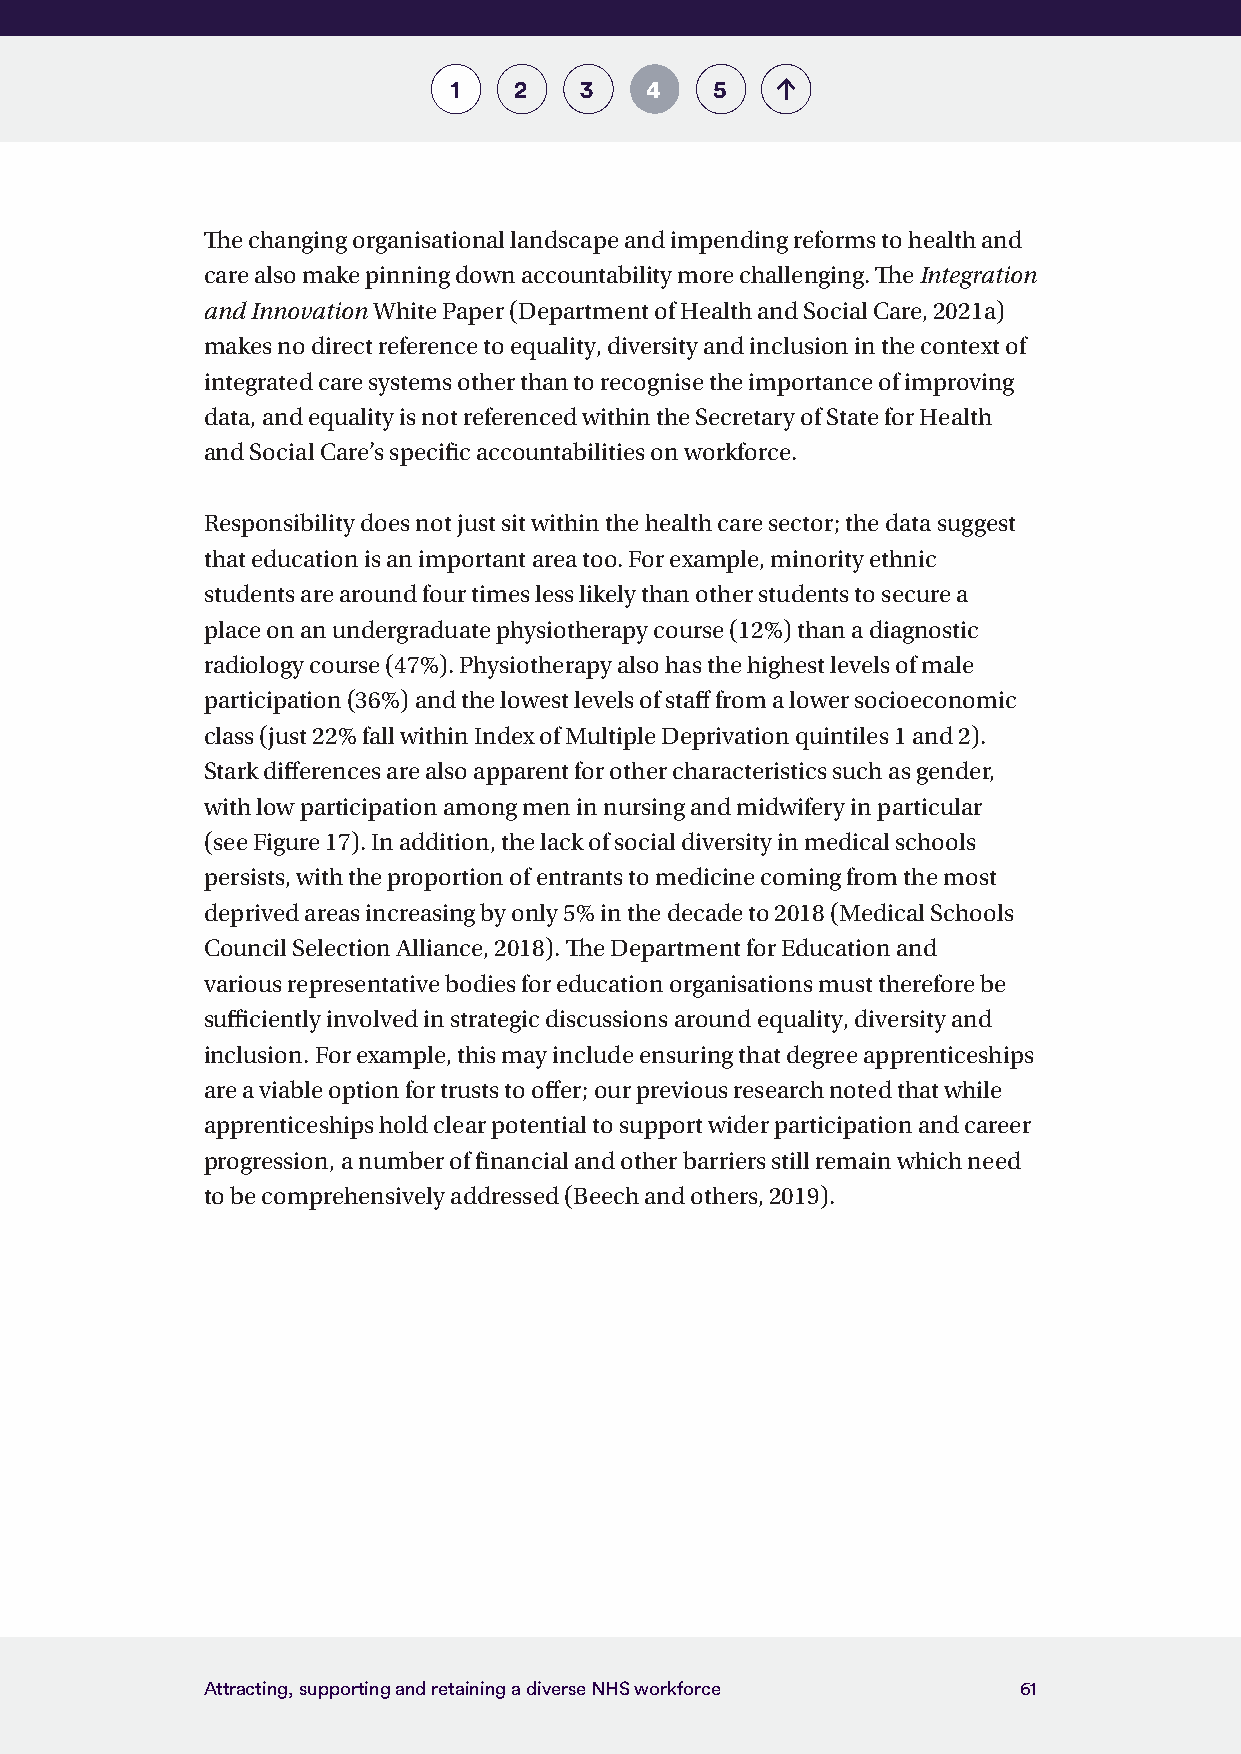
1   2   3    4   5
 The changing organisational landscape and impending reforms to health and
 care also make pinning down accountability more challenging. The Integration
 and Innovation White Paper (Department of Health and Social Care, 2021a)
 makes no direct reference to equality, diversity and inclusion in the context of
 integrated care systems other than to recognise the importance of improving
 data, and equality is not referenced within the Secretary of State for Health
 and Social Care’s specific accountabilities on workforce.
 Responsibility does not just sit within the health care sector; the data suggest
 that education is an important area too. For example, minority ethnic
 students are around four times less likely than other students to secure a
 place on an undergraduate physiotherapy course (12%) than a diagnostic
 radiology course (47%). Physiotherapy also has the highest levels of male
 participation (36%) and the lowest levels of staff from a lower socioeconomic
 class (just 22% fall within Index of Multiple Deprivation quintiles 1 and 2).
 Stark differences are also apparent for other characteristics such as gender,
 with low participation among men in nursing and midwifery in particular
 (see Figure 17). In addition, the lack of social diversity in medical schools
 persists, with the proportion of entrants to medicine coming from the most
 deprived areas increasing by only 5% in the decade to 2018 (Medical Schools
 Council Selection Alliance, 2018). The Department for Education and
 various representative bodies for education organisations must therefore be
 sufficiently involved in strategic discussions around equality, diversity and
 inclusion. For example, this may include ensuring that degree apprenticeships
 are a viable option for trusts to offer; our previous research noted that while
 apprenticeships hold clear potential to support wider participation and career
 progression, a number of financial and other barriers still remain which need
 to be comprehensively addressed (Beech and others, 2019).
 Attracting, supporting and retaining a diverse NHS workforce 61